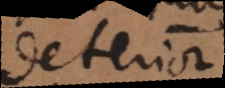
deterior